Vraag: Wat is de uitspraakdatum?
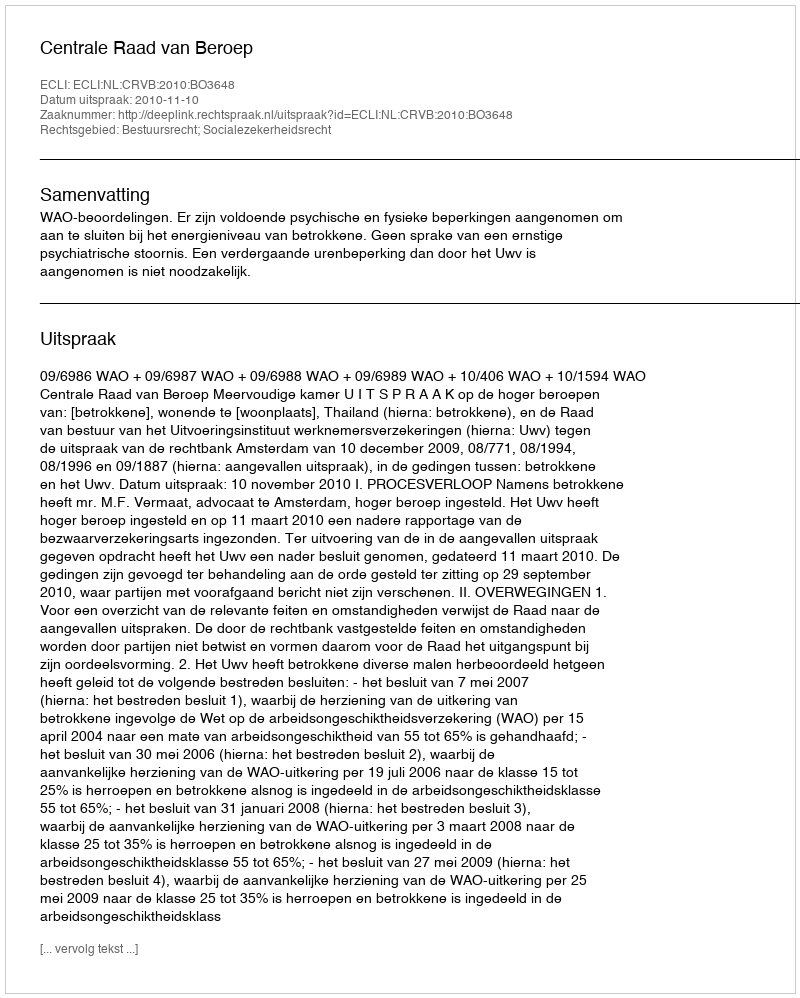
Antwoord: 2010-11-10